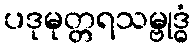
ပဒုမုတ္တရသမ္ဗုဒ္ဓံ